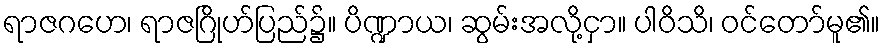
ရာဇဂဟေ၊ ရာဇဂြိုဟ်ပြည်၌။ ပိဏ္ဍာယ၊ ဆွမ်းအလို့ငှာ။ ပါဝိသိ၊ ဝင်တော်မူ၏။